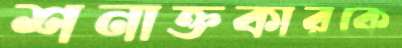
শনাক্তকারকে